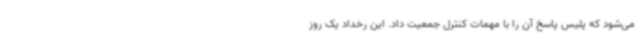
می‌شود که پلیس پاسخ آن را با مهمات کنترل جمعیت داد. این رخداد یک روز